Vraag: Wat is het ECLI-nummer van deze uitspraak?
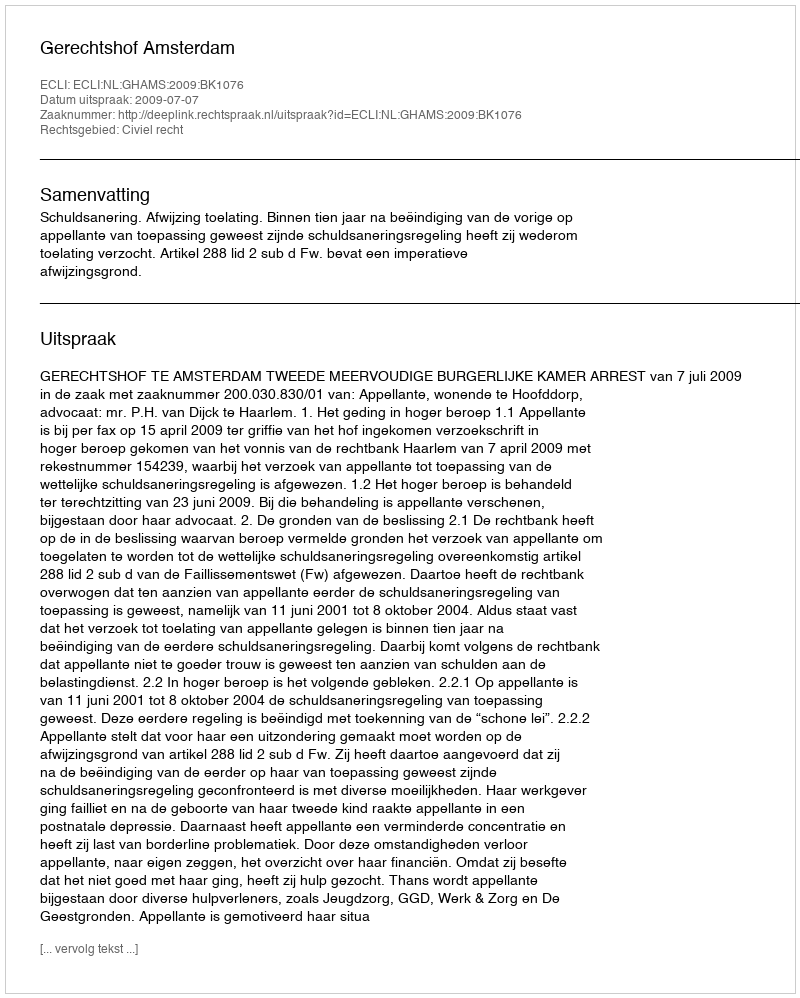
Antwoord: ECLI:NL:GHAMS:2009:BK1076